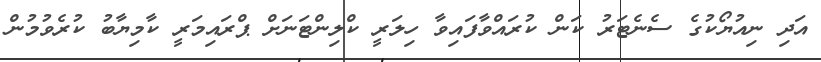
އަދި ނިއުޔޯކުގެ ސެނެޓަރު ކަން ކުރައްވާފައިވާ ހިލަރީ ކްލިންޓަނަށް ޕްރައިމަރީ ކާމިޔާބު ކުރެވުމުން